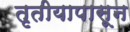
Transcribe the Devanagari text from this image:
तृतीयापासून